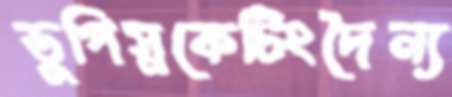
ডুপিস্নকেটিংদৈন্য